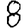
Digit: 8